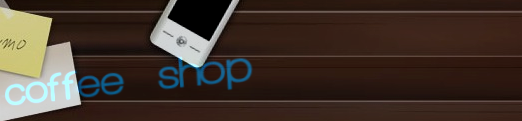
coffee shop